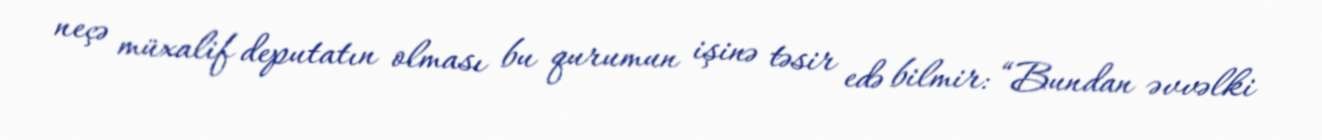
neçə müxalif deputatın olması bu qurumun işinə təsir edə bilmir: “Bundan əvvəlki